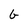
Character: b